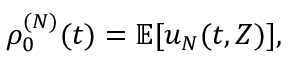
\begin{array} { r } { \rho _ { 0 } ^ { ( N ) } ( t ) = \mathbb { E } [ u _ { N } ( t , Z ) ] , } \end{array}